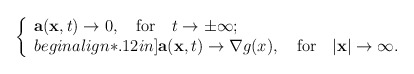
\begin{align*}\left\{\begin{array}{l}{\bf a}({\bf x},t)\rightarrow 0, ~~~\mbox{for}~~~ t\rightarrow\pm \infty;\\begin{align*}.12in]{\bf a}({\bf x},t)\rightarrow {\bf \nabla}g(x), ~~~\mbox{for}~~~|{\bf x}|\rightarrow \infty.\end{array}\right.\end{align*}